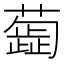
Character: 𦿼